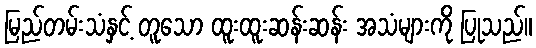
မြည်တမ်းသံနှင့် တူသော ထူးထူးဆန်းဆန်း အသံများကို ပြုသည်။